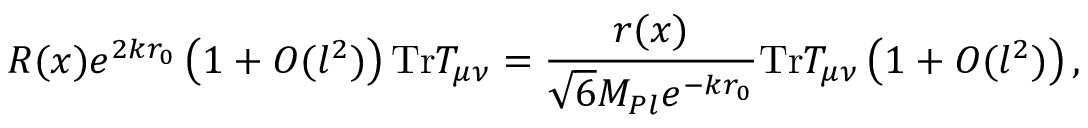
R ( x ) e ^ { 2 k r _ { 0 } } \left( 1 + { \cal O } ( l ^ { 2 } ) \right) \mathrm { T r } T _ { \mu \nu } = \frac { r ( x ) } { \sqrt { 6 } M _ { P l } e ^ { - k r _ { 0 } } } \mathrm { T r } T _ { \mu \nu } \left( 1 + { \cal O } ( l ^ { 2 } ) \right) ,